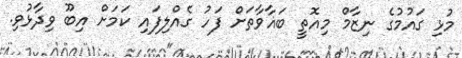
މުޅި ގައުމުގެ ނިޒާމް މިއޮތީ ބަޣާވާތަށް ފަހު ގެއްލިފައި ކަމަށް އިބޫ ވިދާޅުވި.